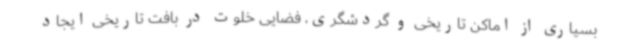
بسیاری از اماکن تاریخی و گردشگری، فضایی خلوت در بافت تاریخی ایجاد